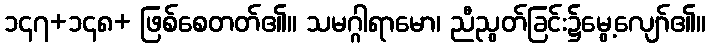
၁၄၇+၁၄၈+ ဖြစ်စေတတ်၏။ သမဂ္ဂါရာမော၊ ညီညွတ်ခြင်း၌မွေ့လျော်၏။